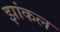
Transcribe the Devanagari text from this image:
झांकल